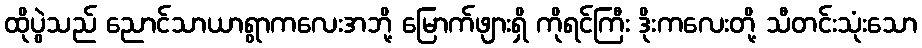
ထိုပွဲသည် ညောင်သာယာရွာကလေးအဘို့ မြောက်ဖျားရှိ ကိုရင်ကြီး ဒိုးကလေးတို့ သီတင်းသုံးသော